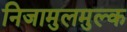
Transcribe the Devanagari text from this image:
निजामुलमुल्क